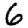
Digit: 6